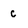
Character: c